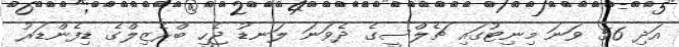
އަދި 56 ވަނަ މިނިޓުގައި ޗެލްސީގެ ދެވަނަ ލަނޑު ޖެހީ ބްރެޒިލްގެ ޑިފެންޑަރު